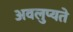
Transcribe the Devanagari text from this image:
अवलुप्यते